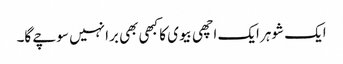
ایک شوہر ایک اچھی بیوی کا کبھی بھی برا نہیں سوچے گا۔